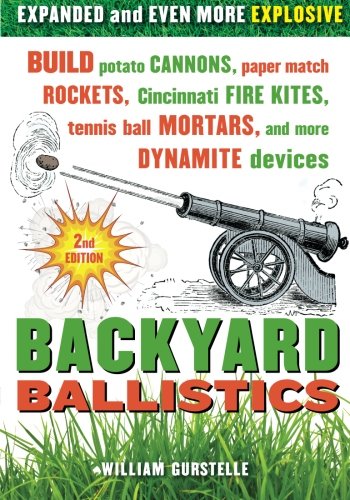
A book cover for Backyard Ballistics: Build Potato Cannons, Paper Match Rockets, Cincinnati Fire Kites, Tennis Ball Mortars, and More Dynamite Devices; William Gurstelle; Science & Math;